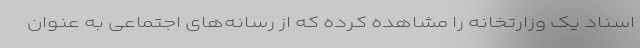
اسناد یک وزارتخانه را مشاهده کرده که از رسانه‌های اجتماعی به عنوان